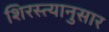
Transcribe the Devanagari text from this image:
शिरस्त्यानुसार